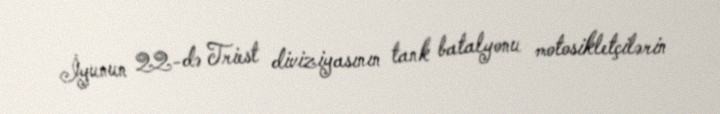
İyunun 22-də Triest diviziyasının tank batalyonu motosikletçilərin